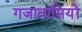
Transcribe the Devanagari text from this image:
गजावासियों